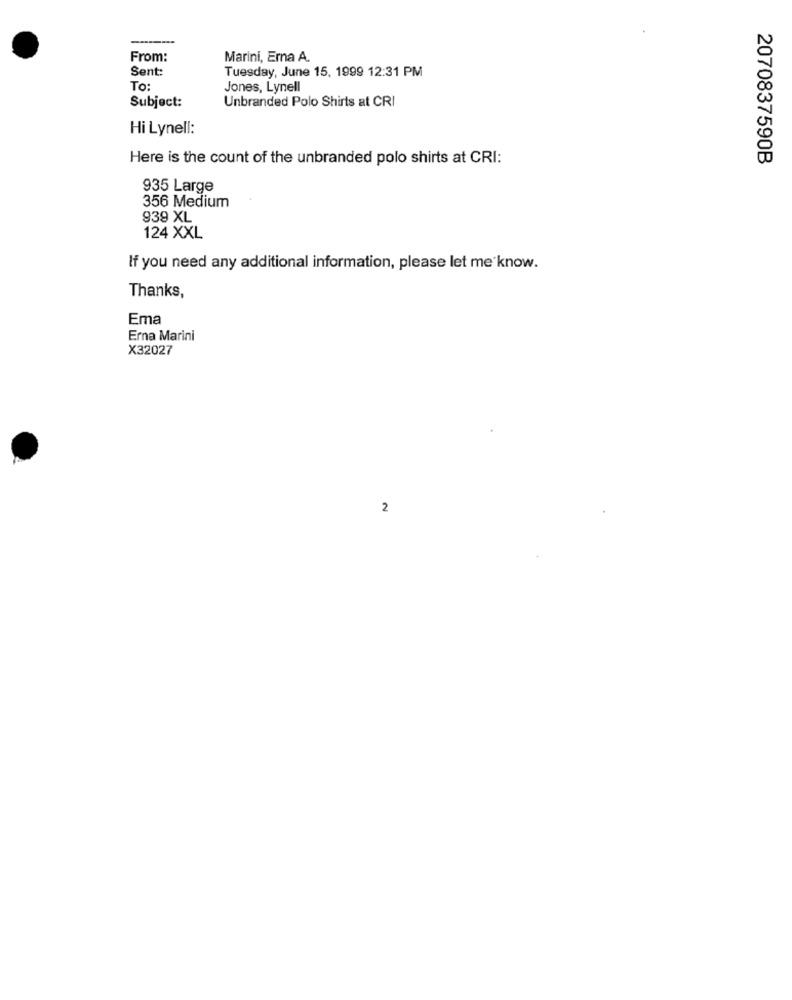
From:
Marini, Erna A.
Sent:
Tuesday, June 15, 1999 12:31 PM
To:
Jones, Lynell
Subject:
Unbranded Polo Shirts at CRI
Hi Lynell:
Here is the count of the unbranded polo shirts at CRI:
2070837590B
935 Large
356 Medium
939 XL
124 XXL
If you need any additional information, please let me know.
Thanks,
Ema
Erna Marini
X32027
2